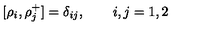
[ \rho _ { i } , \rho _ { j } ^ { + } ] = \delta _ { i j } , \qquad i , j = 1 , 2